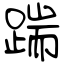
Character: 踹